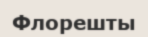
Флорешты